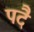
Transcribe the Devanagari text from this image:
पदै